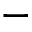
-